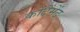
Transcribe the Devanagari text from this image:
कोंटैंमेंट